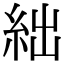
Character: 絀